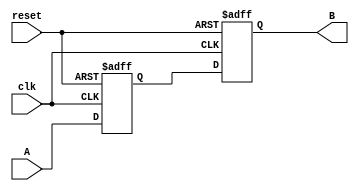
module Delay #(parameter T = 10) // Default delay time in time units (e.g., nanoseconds)
               (
                   input wire clk,         // Clock input
                   input wire reset,       // Reset input
                   input wire A,          // Input signal
                   output reg B           // Output signal
               );

    reg A_reg;  // Register to hold the value of A

    always @(posedge clk or posedge reset) begin
        if (reset) begin
            B <= 1'b0;          // Set output to 0 on reset
            A_reg <= 1'b0;      // Reset the internal register
        end else begin
            A_reg <= A;         // Capture input A on clock edge
            // Delay B assignment using a non-blocking assignment
            #T B <= A_reg;      // Delay output B by T time units
        end
    end

endmodule